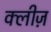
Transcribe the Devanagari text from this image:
क्लीज़